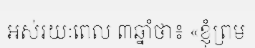
អស់រយៈពេល ៣ឆ្នាំថា៖ «ខ្ញុំព្រម